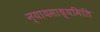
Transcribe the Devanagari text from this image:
न्यायसाध्यमिति